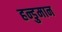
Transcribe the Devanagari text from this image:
हन्डुमान